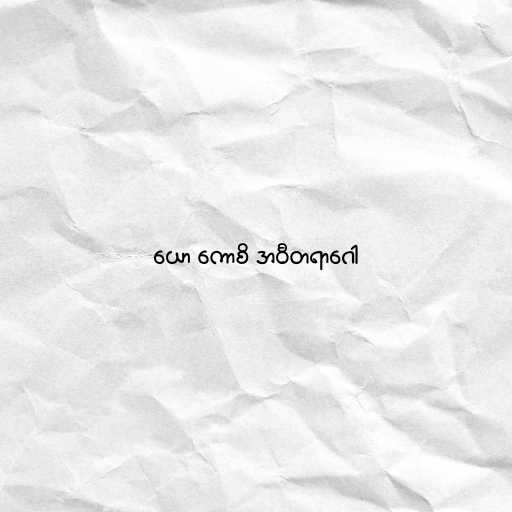
ယော ကောစိ အဝီတရာဂေါ